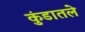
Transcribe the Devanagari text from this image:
कुंडातले